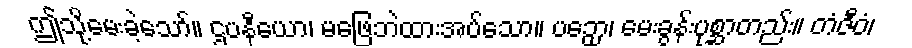
ဤသို့မေးခဲ့သော်။ ဌပနီယော၊ မဖြေဘဲထားအပ်သော။ ပဉှော၊ မေးခွန်းပုစ္ဆာတည်း။ တံဇီဝံ၊